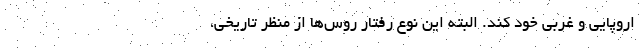
اروپایی و غربی خود کند. البته این نوع رفتار روس‌ها از منظر تاریخی،